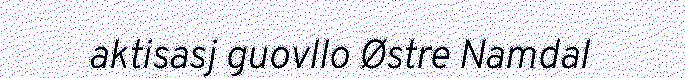
aktisasj guovllo Østre Namdal